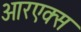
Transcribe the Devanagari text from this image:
आरएक्स